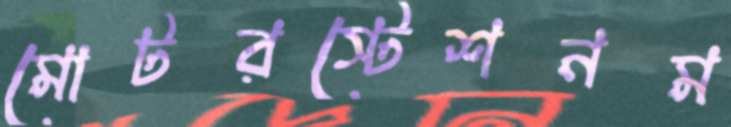
মোটরস্টেশনম